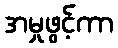
အမှုဖွင့်ကာ